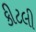
કીટલી